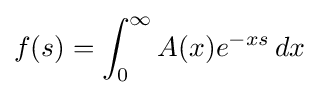
f(s)=\int _{0}^{\infty }A(x)e^{-xs}\,dx